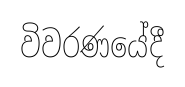
විවරණයේදී